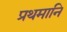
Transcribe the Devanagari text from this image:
प्रथमानि